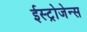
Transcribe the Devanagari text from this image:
ईस्ट्रोजेन्स